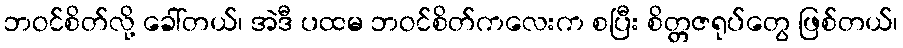
ဘဝင်စိတ်လို့ ခေါ်တယ်၊ အဲဒီ ပထမ ဘဝင်စိတ်ကလေးက စပြီး စိတ္တဇရုပ်တွေ ဖြစ်တယ်၊